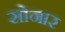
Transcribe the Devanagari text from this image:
साेनार